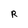
Character: R